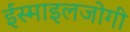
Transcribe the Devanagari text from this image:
ईस्माइलजोगी